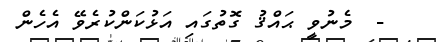
-  މެނުވީ ޙައްޤު ގޮތުގައި އަޅުކަންކުރެވޭ އެހެން